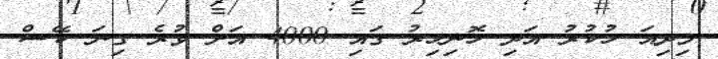
މިދިއަ ހުކުރު އަދި ހޮނިހިރު ގައި 4000 އަށް ވުރެ ގިނަ ކޭސް